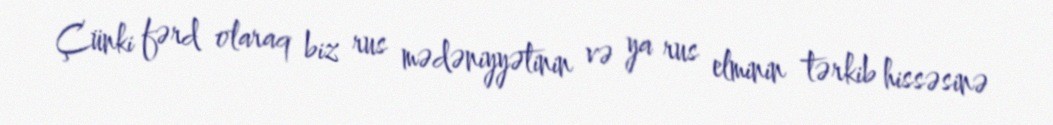
Çünki fərd olaraq biz rus mədəniyyətinin və ya rus elminin tərkib hissəsinə